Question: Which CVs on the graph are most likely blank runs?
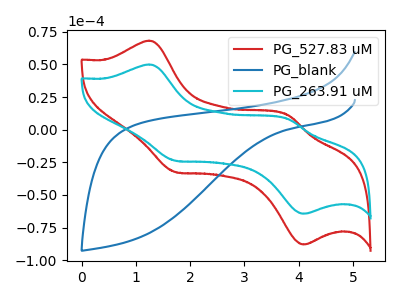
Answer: <think>The red curve "PG_527.83 uM" has anodic peaks at (1.25V, 68.20uA) (3.80V, 11.15uA) and cathodic peaks at (1.70V, -32.45uA) (4.10V, -88.00uA). The blue curve "PG_blank" has no peaks. The cyan curve "PG_263.91 uM" has anodic peaks at (1.25V, 49.95uA) (3.80V, 8.20uA) and cathodic peaks at (1.70V, -23.75uA) (4.10V, -64.45uA).</think>
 <answer>"PG_blank" is likely to be a blank.</answer>
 <eval>PG_blank</eval>